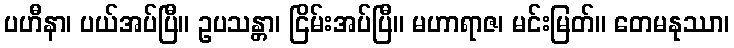
ပဟီနာ၊ ပယ်အပ်ပြီ။ ဥပသန္တာ၊ ငြိမ်းအပ်ပြီ။ မဟာရာဇ၊ မင်းမြတ်။ တေမနုဿာ၊